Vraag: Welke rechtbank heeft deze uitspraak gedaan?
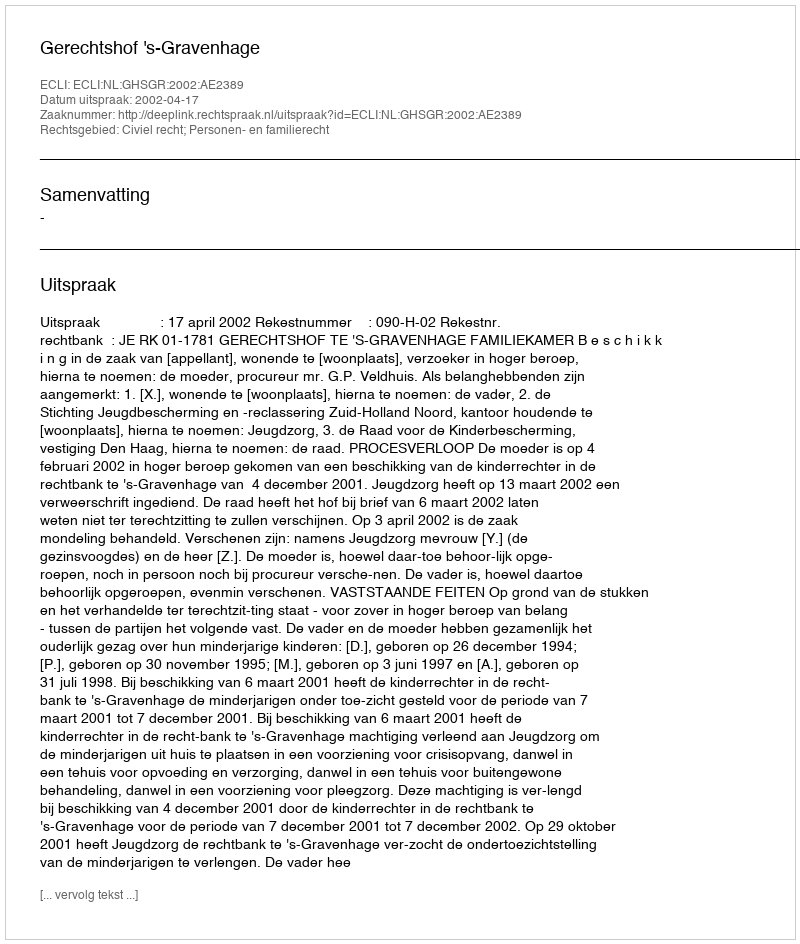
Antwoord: Gerechtshof 's-Gravenhage